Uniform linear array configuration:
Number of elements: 12
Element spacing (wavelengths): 0.5
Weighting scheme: blackman
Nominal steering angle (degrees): -15
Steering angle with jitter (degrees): -16.445
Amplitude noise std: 0.05
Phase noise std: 0.05

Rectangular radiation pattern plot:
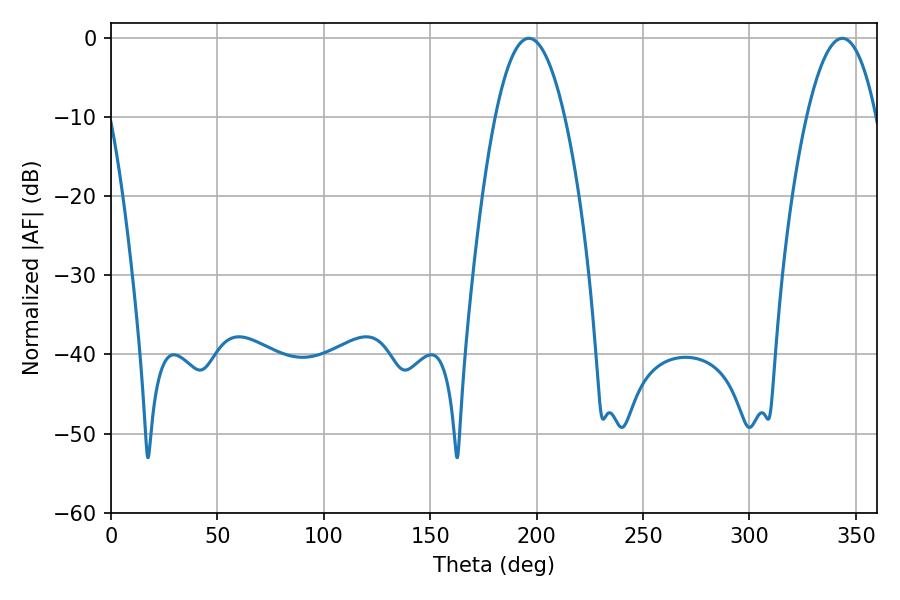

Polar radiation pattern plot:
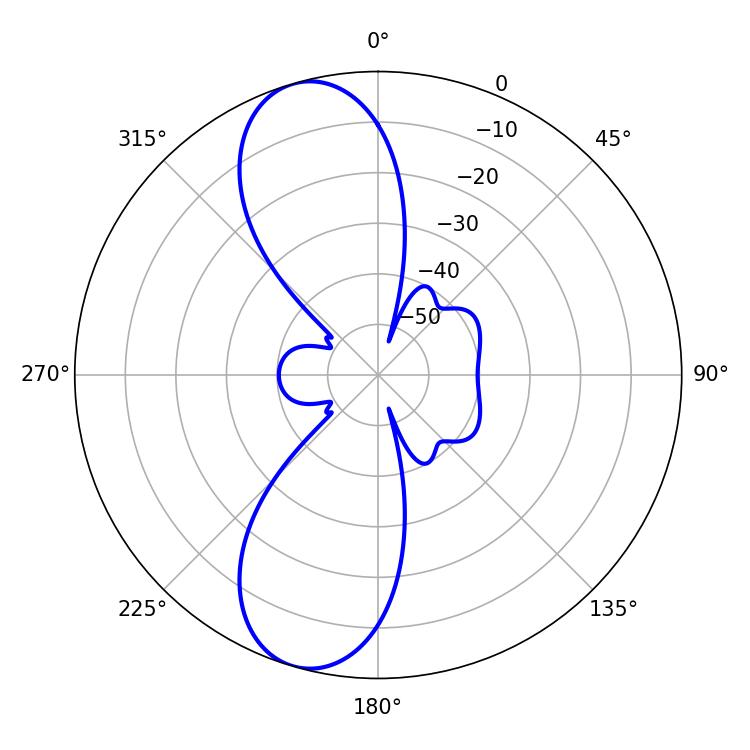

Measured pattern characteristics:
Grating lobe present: FALSE
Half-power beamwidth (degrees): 18
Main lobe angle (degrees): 196.38